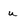
Character: u